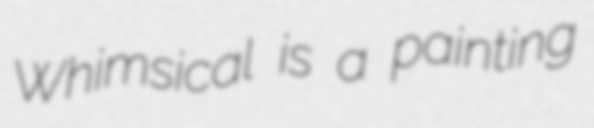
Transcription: Whimsical is a painting